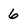
Character: 6